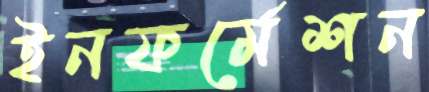
ইনফর্মেশন